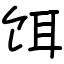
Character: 饵